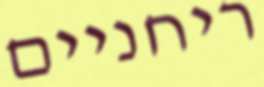
ריחניים